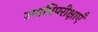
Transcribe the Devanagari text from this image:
उपाधिपरीक्षाएँ